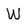
Character: W